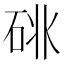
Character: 𥒩